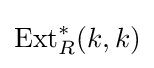
\operatorname {Ext} _{R}^{*}(k,k)